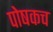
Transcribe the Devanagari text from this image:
पोषकच